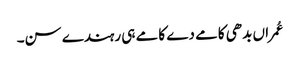
عُمراں بدھی کامے دے کامے ہی رہندے سن۔